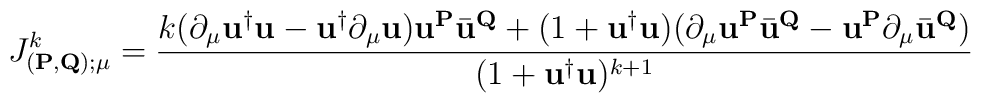
J^k_{(\mathbf{P},\mathbf{Q});{\mu}}  =\frac{    k(\partial_{\mu}{\mathbf{u}}^{\dag}{\mathbf{u}}       -{\mathbf{u}}^{\dag}\partial_{\mu}{\mathbf{u}})     {\mathbf{u}}^{\mathbf{P}}\bar{\mathbf{u}}^{\mathbf{Q}}    +(1+{\mathbf{u}}^{\dag}\mathbf{u})      (\partial_{\mu}{\mathbf{u}}^{\mathbf{P}}\bar{\mathbf{u}}^{\mathbf{Q}}      -{\mathbf{u}}^{\mathbf{P}}\partial_{\mu}\bar{\mathbf{u}}^{\mathbf{Q}})}   {(1+{\mathbf{u}}^{\dag}{\mathbf{u}})^{k+1}}